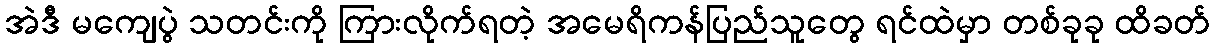
အဲဒီ မကျေပွဲ သတင်းကို ကြားလိုက်ရတဲ့ အမေရိကန်ပြည်သူတွေ ရင်ထဲမှာ တစ်ခုခု ထိခတ်